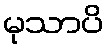
မုသာပိ